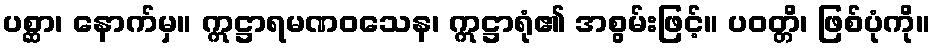
ပစ္ဆာ၊ နောက်မှ။ ဣဋ္ဌာရမဏဝသေန၊ ဣဋ္ဌာရုံ၏ အစွမ်းဖြင့်။ ပဝတ္တိ၊ ဖြစ်ပုံကို။